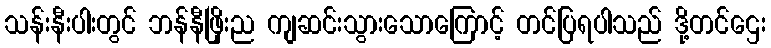
သန်းနီးပါးတွင် ဘန်နီဖြိုးည ကျဆင်းသွားသောကြောင့် တင်ပြရပါသည် ဒို့တင်ဌေး